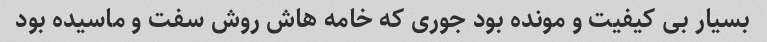
بسیار بی کیفیت و مونده بود جوری که خامه هاش روش سفت و ماسیده بود